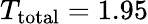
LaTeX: T_{\mathrm{total}}=1.95